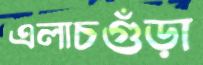
এলাচগুঁড়া